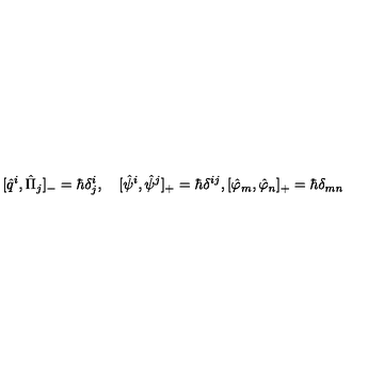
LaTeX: [ \hat { q } ^ { i } , \hat { \Pi } _ { j } ] _ { - } = \hbar \delta _ { j } ^ { i } , \quad [ \hat { \psi } ^ { i } , \hat { \psi } ^ { j } ] _ { + } = \hbar \delta ^ { i j } , [ \hat { \varphi } _ { m } , \hat { \varphi } _ { n } ] _ { + } = \hbar \delta _ { m n }